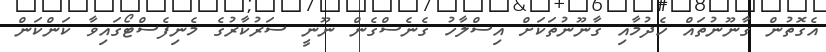
އެގޮތުން ގާނޫނުތައް ހެދުމާއި ގާނޫނުތަކަށް އިސްލާހު ގެނެސްގެން ނޫނީ ސަރުކާރުގެ މެނިފެސްޓޯގައިވާ ކަންކަން